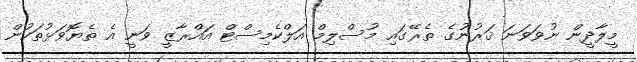
މީލާދީން ނުވަވަނަ ޤަރުނުގެ ތެރޭގައި މުސްލިމް އަލްކެމިސްޓް އައްރާޒީ ވަނީ އެ ތެޔޮވަޅުތަކުން